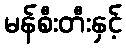
မန်စီးတီးနှင့်